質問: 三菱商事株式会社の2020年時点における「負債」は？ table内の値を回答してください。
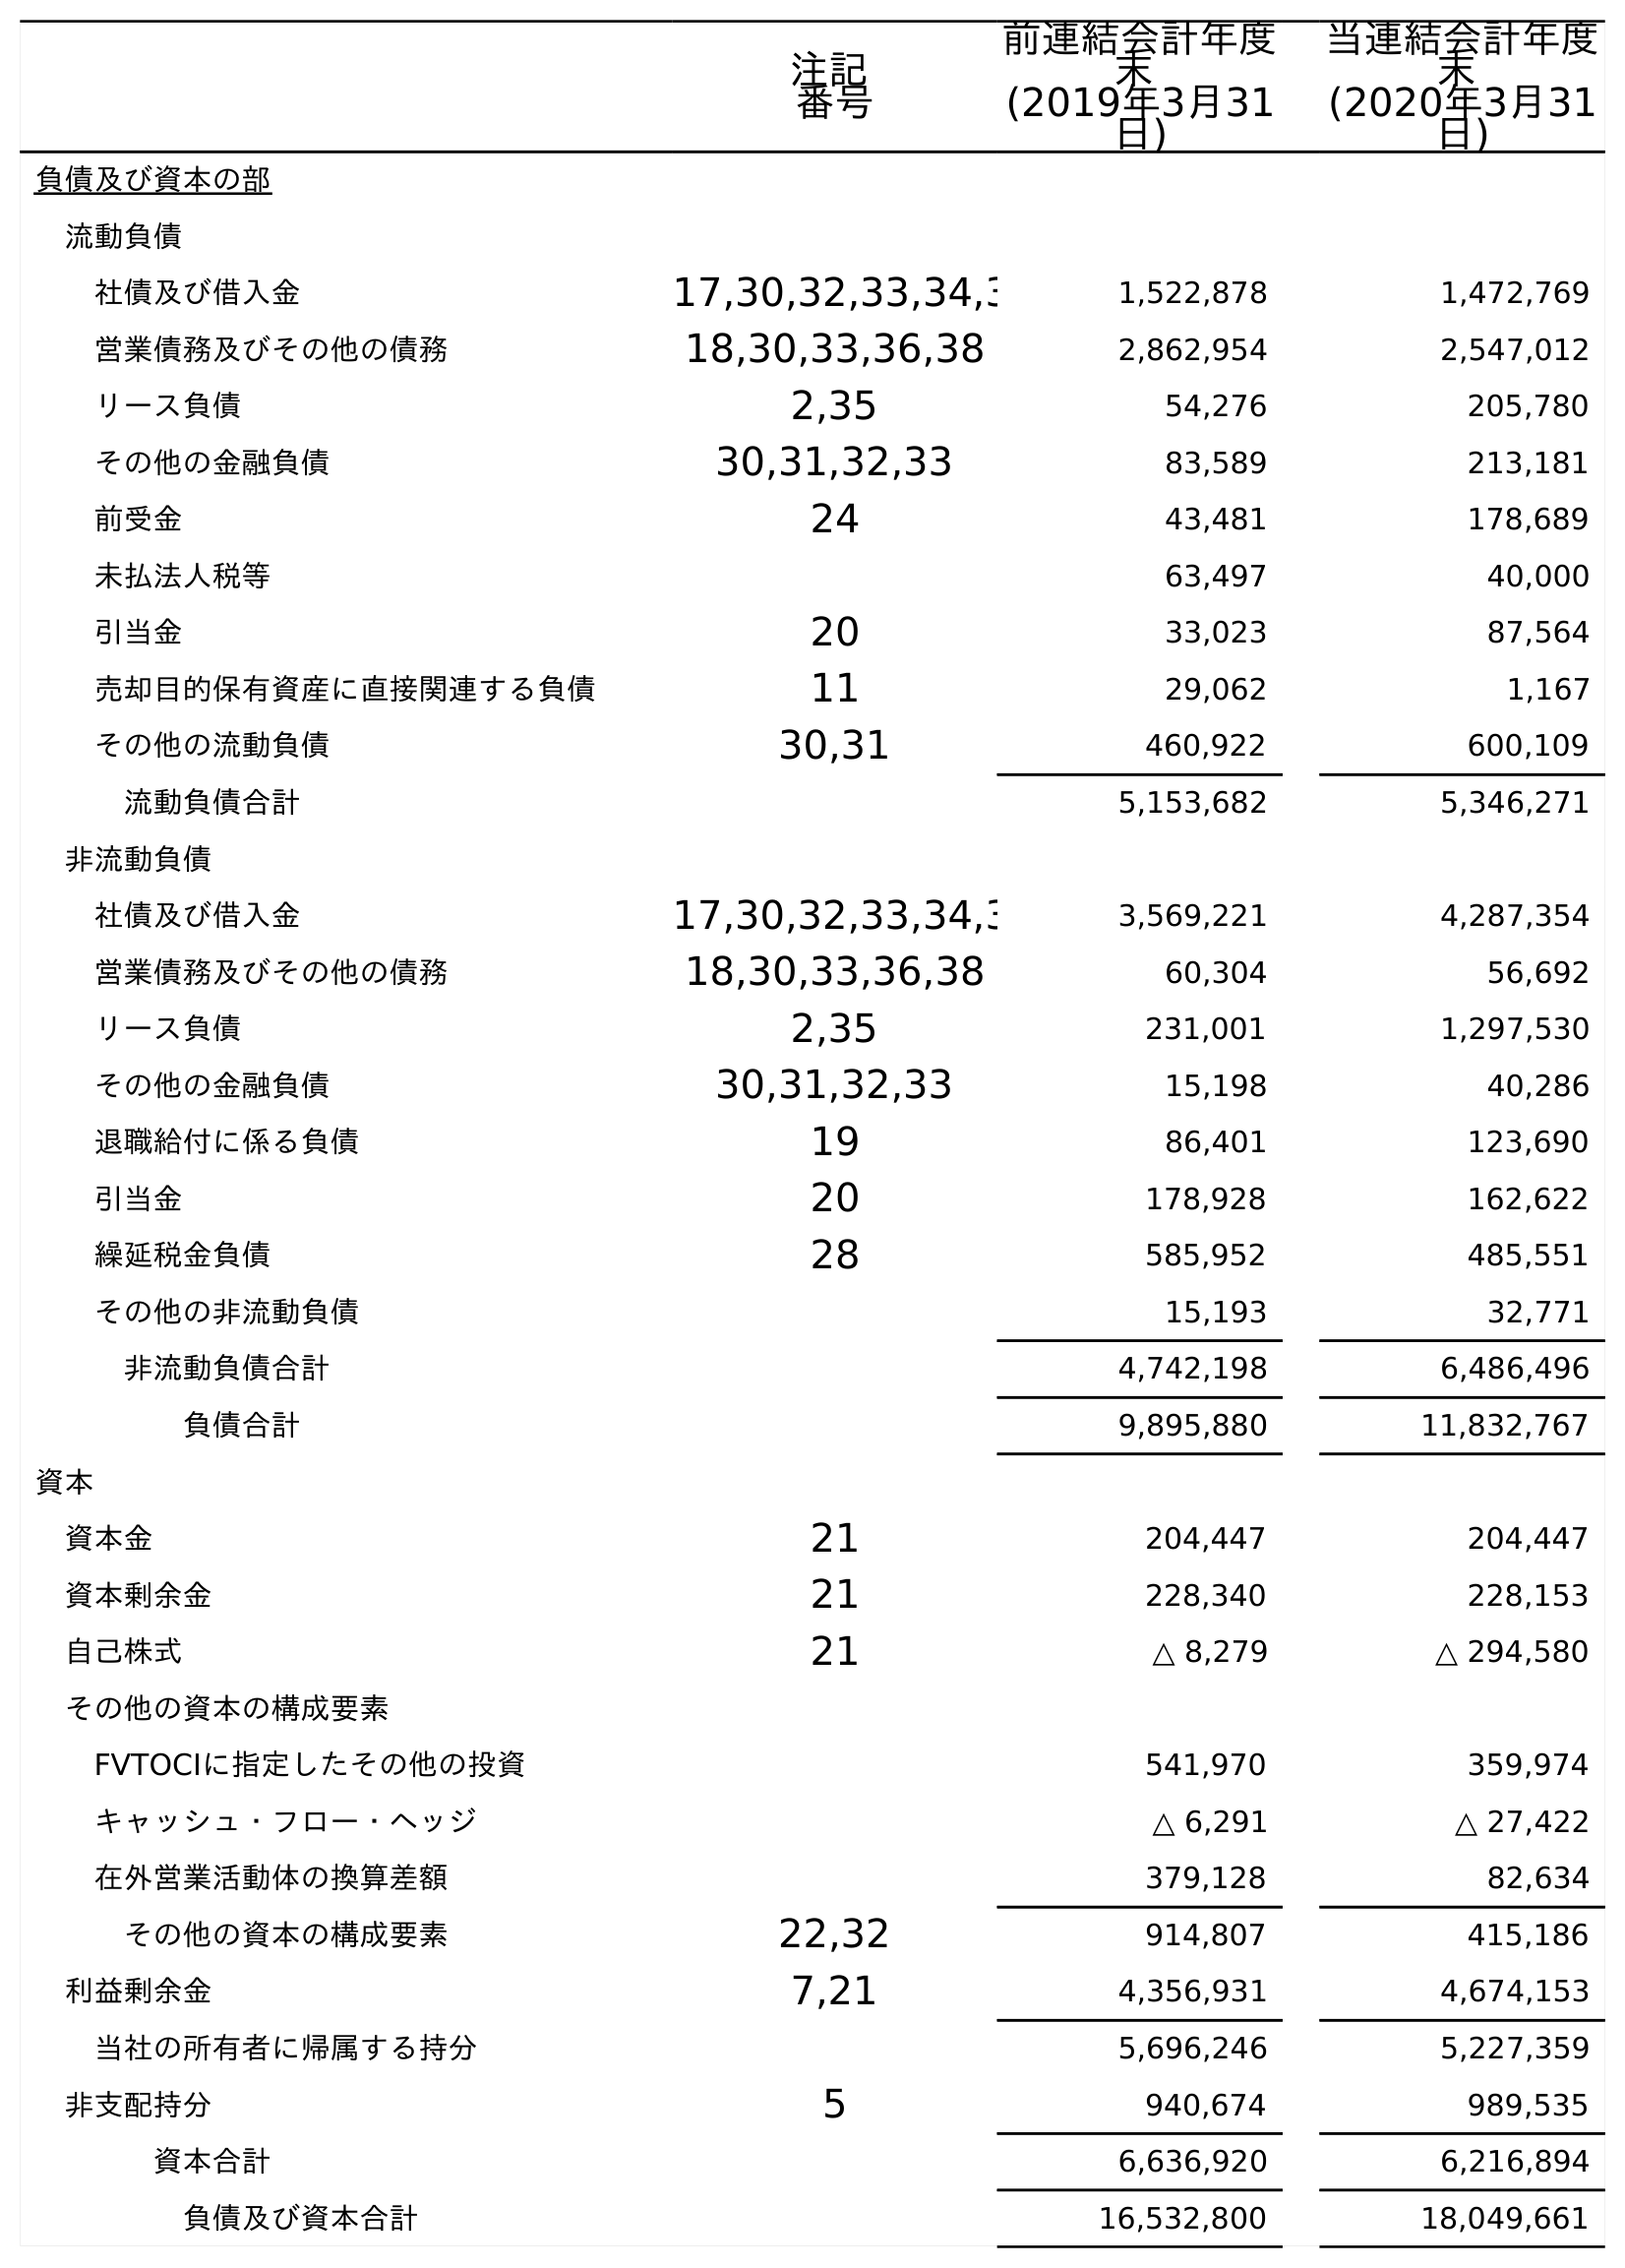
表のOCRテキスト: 注記 番号 前連結会計年度 末 (2019年3月31 日) 当連結会計年度 末 (2020年3月31 日) 負債及び資本の部 流動負債 社債及び借入金 17,30,32,33,34,3 1,522,878 1,472,769 営業債務及びその他の債務 18,30,33,36,38 2,862,954 2,547,012 リース負債 2,35 54,276 205,780 その他の金融負債 30,31,32,33 83,589 213,181 前受金 24 43,481 178,689 未払法人税等 63,497 40,000 引当金 20 33,023 87,564 売却目的保有資産に直接関連する負債 11 29,062 1,167 その他の流動負債 30,31 460,922 600,109 流動負債合計 5,153,682 5,346,271 非流動負債 社債及び借入金 17,30,32,33,34,3 3,569,221 4,287,354 営業債務及びその他の債務 18,30,33,36,38 60,304 56,692 リース負債 2,35 231,001 1,297,530 その他の金融負債 30,31,32,33 15,198 40,286 退職給付に係る負債 19 86,401 123,690 引当金 20 178,928 162,622 繰延税金負債 28 585,952 485,551 その他の非流動負債 15,193 32,771 非流動負債合計 4,742,198 6,486,496 負債合計 9,895,880 11,832,767 資本 資本金 21 204,447 204,447 資本剰余金 21 228,340 228,153 自己株式 21 △ 8,279 △ 294,580 その他の資本の構成要素 FVTOCIに指定したその他の投資 541,970 359,974 キャッシュ・フロー・ヘッジ △ 6,291 △ 27,422 在外営業活動体の換算差額 379,128 82,634 その他の資本の構成要素 22,32 914,807 415,186 利益剰余金 7,21 4,356,931 4,674,153 当社の所有者に帰属する持分 5,696,246 5,227,359 非支配持分 5 940,674 989,535 資本合計 6,636,920 6,216,894 負債及び資本合計 16,532,800 18,049,661
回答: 11,832,767